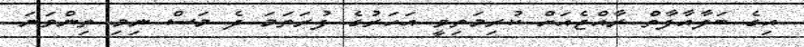
އިގެ ބަލާއާފާތް ރާއްޖެއަށް ކުރިމަތިވީ އަހަރުގެ ފުރަތަމަ ދެ މަސް ނިމި ތިންވަނަ